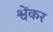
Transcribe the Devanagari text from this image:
श्वेंकर